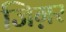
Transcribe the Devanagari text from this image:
जिग़र